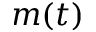
m ( t )